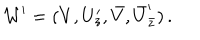
{ \cal W } ^ { \prime } = ( V , U _ { z } ^ { \prime } , \bar { V } , \bar { U } _ { \bar { z } } ^ { \prime } ) \, .